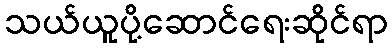
သယ်ယူပို့ဆောင်ရေးဆိုင်ရာ